Rangoon Lunatic Asylum 1898-1906 - 1898-1906
Year: 1898
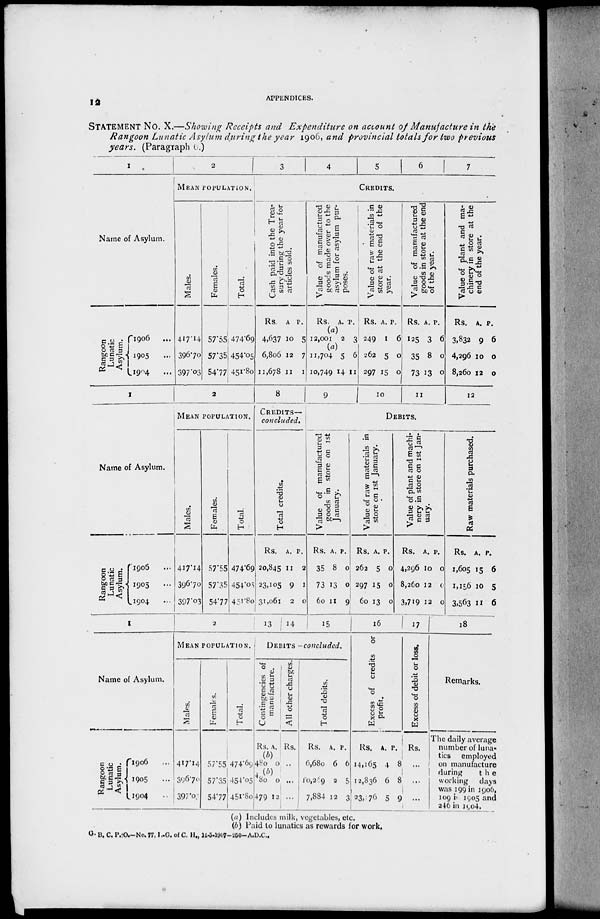
12
APPENDICES.
STATEMENT No. X.—Showing Receipts and Expenditure on account of Manufacture in the
Rangoon Lunatic Asylum during the year 1906, and provincial totals for two previous
years. (Paragraph 6.)
1
Name of Asylum.
Rangoon
Lunatic
Asylum.
1906 ...
1905 ...
1904 ...
2
MEAN POPULATION.
Males.
417.14
396.70
397.03
Females.
57.55
57.35
54.77
Total.
474.69
454.05
451.80
3
4
5
6
7
CREDITS.
Cash paid into the Trea-
sury during the year for
articles sold.
Rs.
4,637
6,806
11,678
A.
10
12
11
P.
5
7
1
Value of manufactured
goods made over to the
asylum for asylum pur-
poses.
Rs. A. P.
(a)
12,001
2
3
(a)
11,704
10,749
5
14
6
11
Value of raw materials in
store at the end of the
year.
Rs.
249
262
297
A.
1
5
15
P.
6
0
0
Value of manufactured
goods in store at the end
of the year.
Rs.
125
35
73
A.
3
8
13
P.
6
0
0
Value of plant and ma-
chinery in store at the
end of the year.
Rs.
3,832
4,296
8,260
A.
9
10
12
P.
6
0
0
1
Name of Asylum.
Rangoon
Lunatic
Asylum.
1906 ...
1905
...
1904 ...
2
MEAN POPULATION.
Males.
417.14
396.70
397.03
Females.
57.55
57.35
54.77
Total.
474.69
454.05
451.80
8
CREDITS.
Concluded.
Total credits.
Rs.
20,845
23,105
31,061
A.
11
9
2
P.
2
1
0
9
10 11
12
DEBITS.
Value of manufactured
goods in store on 1st
January.
Rs.
35
73
60
A.
8
13
11
P.
0
0
9
Value of raw materials in
store on 1st January.
Rs.
262
297
60
A.
5
15
13
P.
0
0
0
Value of plant and machi-
nery in store on 1st Jan-
uary.
Rs.
4,296
8,260
3,719
A.
10
12
12
P.
0
0
0
Raw materials purchased.
Rs.
1,605
1,156
3,563
A.
15
10
11
P.
6
5
6
1
Name of Asylum.
Rangoon
Lunatic
Asylum.
1906 ...
1905 ...
1904 ...
2
MEAN POPULATION.
Males.
417.14
396.70
397.03
Females.
57.55
57.35
54.77
Total.
474.69
454.05
451.80
13
14
15
DEBITS—concluded.
Contingencies of
manufacture.
Rs. A.
All other charges.
Rs.
(b)
480 0 ...
(b)
480
479
0
12
...
...
Total debits.
Rs.
6,680
10,259
7,884
A.
6
2
12
P.
6
5
3
16
Excess of credits or
profit.
Rs.
14,165
12,836
23,176
A.
4
6
5
P.
8
8
9
17
Excess of debit or loss.
Rs.
...
...
...
18
Remarks.
The daily average
number of luna-
tics
employed
on manufacture
during
the
working
days
was 199 in 1906,
109 in 1905 and
246 in 1904.
(a) Includes milk, vegetables, etc.
(b) Paid to lunatics as rewards for work.
G. B. C. P.O.—No. 77, I.G. of C. H., 14-5-1907—250-A.D.C.,